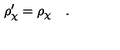
\rho _ { \chi } ^ { \prime } = \rho _ { \chi } \quad .